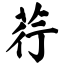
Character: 荇